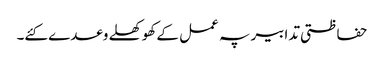
حفاظتی تدابیر پہ عمل کے کھوکھلے وعدے کئے۔